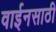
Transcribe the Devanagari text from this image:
वाईनसाठी